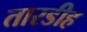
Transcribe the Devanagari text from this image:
तारडीह